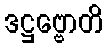
ဒဋ္ဌဗ္ဗောတိ